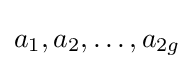
a_{1},a_{2},\ldots ,a_{2g}